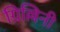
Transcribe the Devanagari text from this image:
ग्रिल्लिनी